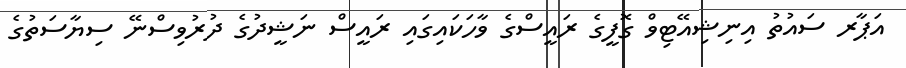
އަޕާރ ސައުތު އިނިޝިއޭޓިވް ގޮފީގެ ރައީސްގެ ވާހަކައިގައި ރައީސް ނަޝީދުގެ ދުރުވިސްނޭ ސިޔާސަތުގެ